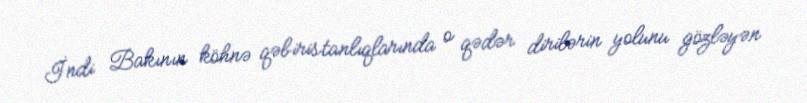
İndi Bakının köhnə qəbiristanlıqlarında o qədər dirilərin yolunu gözləyən